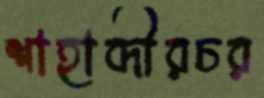
শাহাব্দীরচর